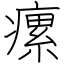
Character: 瘰